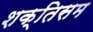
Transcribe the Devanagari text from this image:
शक्तिसम